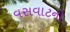
વસવાટનો